Rangoon Lunatic Asylum 1893-1897 - 1893-1897
Year: 1893
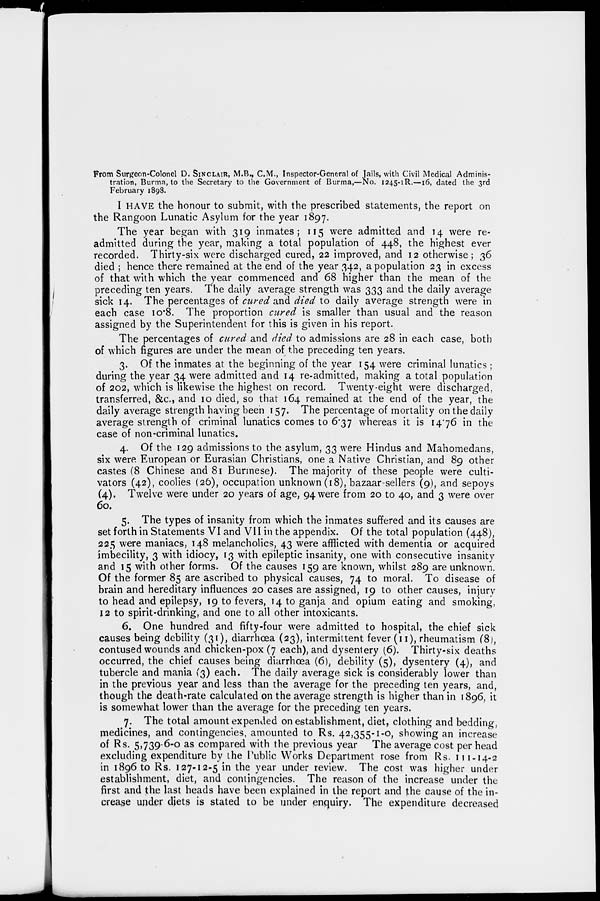
From Surgeon-Colonel D. SINCLAIR, M.B., C.M., Inspector-General of Jails, with Civil Medical Adminis-
tration, Burma, to the Secretary to the Government of Burma,—No. 1245-1R.—16, dated the 3rd
February 1898.
I HAVE the honour to submit, with the prescribed statements, the report on
the Rangoon Lunatic Asylum for the year 1897.
The year began with 319 inmates; 115 were admitted and 14 were re-
admitted during the year, making a total population of 448, the highest ever
recorded. Thirty-six were discharged cured, 22 improved, and 12 otherwise; 36
died ; hence there remained at the end of the year 342, a population 23 in excess
of that with which the year commenced and 68 higher than the mean of the
preceding ten years. The daily average strength was 333 and the daily average
sick 14. The percentages of cured and died to daily average strength were in
each case 10.8. The proportion cured is smaller than usual and the reason
assigned by the Superintendent for this is given in his report.
The percentages of cured and died to admissions are 28 in each case, both
of which figures are under the mean of the preceding ten years.
3. Of the inmates at the beginning of the year 154 were criminal lunatics ;
during the year 34 were admitted and 14 re-admitted, making a total population
of 202, which is likewise the highest on record. Twenty-eight were discharged,
transferred, &c., and 10 died, so that 164 remained at the end of the year, the
daily average strength having been 157. The percentage of mortality on the daily
average strength of criminal lunatics comes to 6.37 whereas it is 14.76 in the
case of non-criminal lunatics.
4. Of the 129 admissions to the asylum, 33 were Hindus and Mahomedans,
six were European or Eurasian Christians, one a Native Christian, and 89 other
castes (8 Chinese and 81 Burmese). The majority of these people were culti-
vators (42), coolies (26), occupation unknown (18), bazaar sellers (9), and sepoys
(4). Twelve were under 20 years of age, 94 were from 20 to 40, and 3 were over
60.
5. The types of insanity from which the inmates suffered and its causes are
set forth in Statements VI and VII in the appendix. Of the total population (448),
225 were maniacs, 148 melancholics, 43 were afflicted with dementia or acquired
imbecility, 3 with idiocy, 13 with epileptic insanity, one with consecutive insanity
and 15 with other forms. Of the causes 159 are known, whilst 289 are unknown.
Of the former 85 are ascribed to physical causes, 74 to moral. To disease of
brain and hereditary influences 20 cases are assigned, 19 to other causes, injury
to head and epilepsy, 19 to fevers, 14 to ganja and opium eating and smoking,
12 to spirit-drinking, and one to all other intoxicants.
6. One hundred and fifty-four were admitted to hospital, the chief sick
causes being debility (31), diarrhœa (23), intermittent fever (11), rheumatism (8),
contused wounds and chicken-pox (7 each), and dysentery (6). Thirty-six deaths
occurred, the chief causes being diarrhœa (6), debility (5), dysentery (4), and
tubercle and mania (3) each. The daily average sick is considerably lower than
in the previous year and less than the average for the preceding ten years, and,
though the death-rate calculated on the average strength is higher than in 1896, it
is somewhat lower than the average for the preceding ten years.
7. The total amount expended on establishment, diet, clothing and bedding,
medicines, and contingencies, amounted to Rs. 42,355-1-0, showing an increase
of Rs. 5,739-6-0 as compared with the previous year The average cost per head
excluding expenditure by the Public Works Department rose from Rs. 111-14-2
in 1896 to Rs. 127-12-5 in the year under review. The cost was higher under
establishment, diet, and contingencies. The reason of the increase under the
first and the last heads have been explained in the report and the cause of the in-
crease under diets is stated to be under enquiry. The expenditure decreased